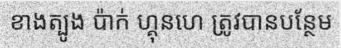
ខាងត្បូង ប៉ាក់ ហ្គុនហេ ត្រូវបានបន្ថែម